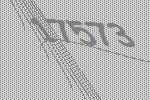
17573